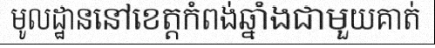
មូលដ្ឋាននៅខេត្តកំពង់ឆ្នាំងជាមួយគាត់